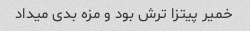
خمیر پیتزا ترش بود و مزه بدی میداد